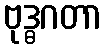
ဗုဒ္ဓဂတာ